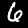
Digit: 6